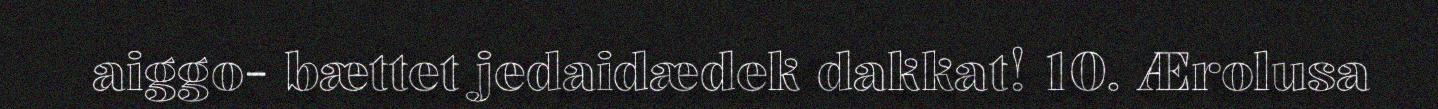
aiggo- bættet jedaidædek dakkat! 10. Ærolusa